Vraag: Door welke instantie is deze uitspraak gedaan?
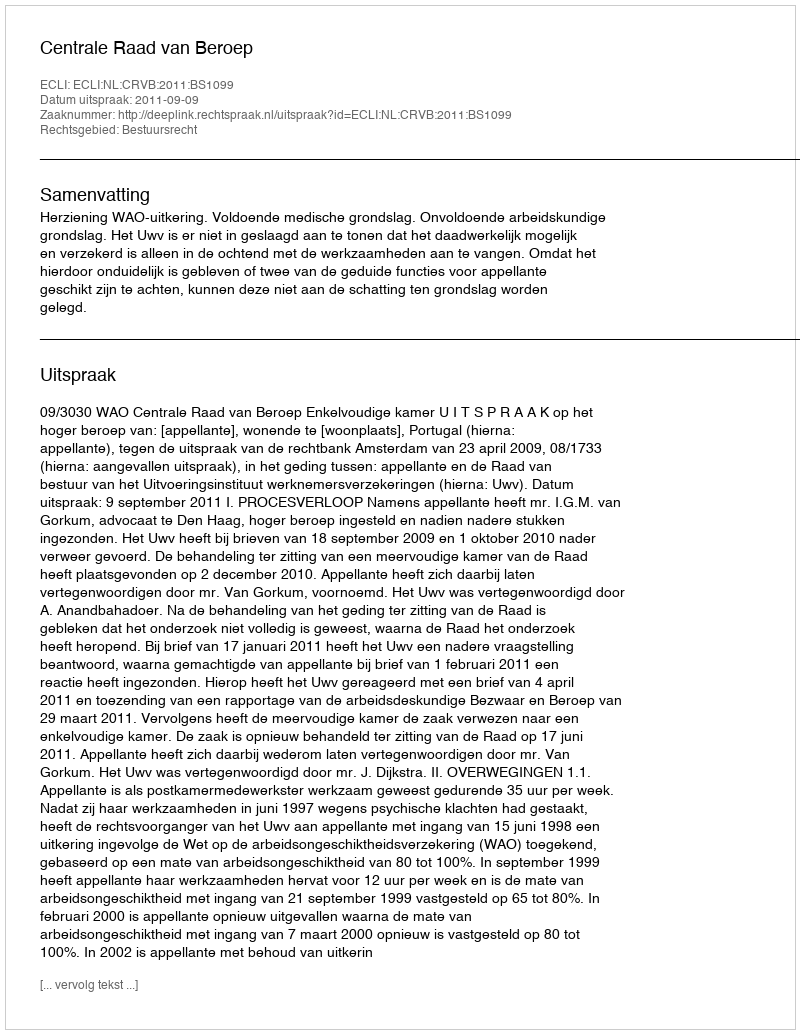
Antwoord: Centrale Raad van Beroep